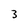
Character: 3